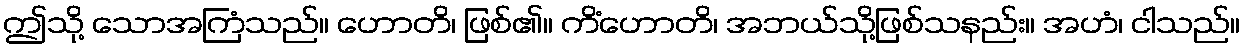
ဤသို့ သောအကြံသည်။ ဟောတိ၊ ဖြစ်၏။ ကိံဟောတိ၊ အဘယ်သို့ဖြစ်သနည်း။ အဟံ၊ ငါသည်။